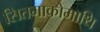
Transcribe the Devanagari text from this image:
सितमाकोमाथि